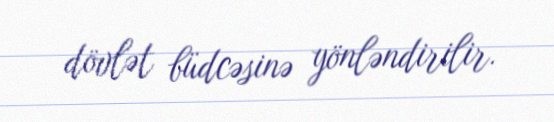
dövlət büdcəsinə yönləndirilir.